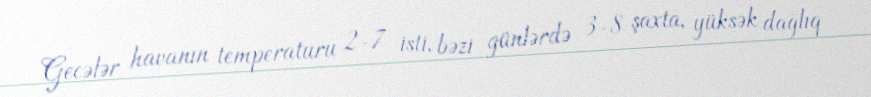
Gecələr havanın temperaturu 2-7 isti, bəzi günlərdə 3-8 şaxta, yüksək dağlıq